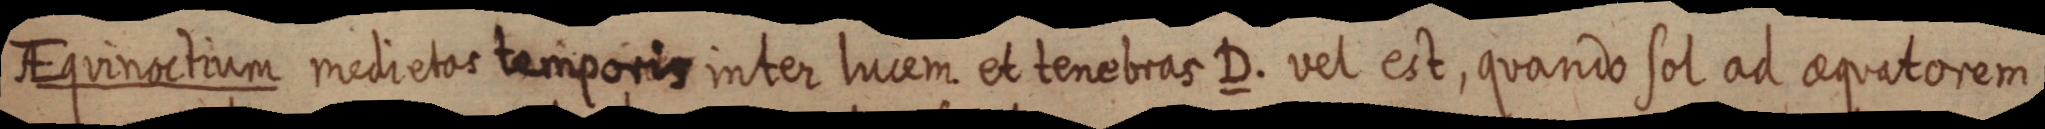
AEquinoctium medietas temporis inter lucem et tenebras D. vel est, quando sol ad aequatorem